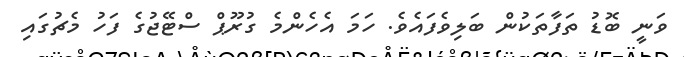
ވަނީ ބޮޑު ތަފާތަކުން ބަލިވެފައެވެ. ހަމަ އެހެންމެ ގުރޫޕް ސްޓޭޖުގެ ފަހު މެޗުގައި